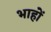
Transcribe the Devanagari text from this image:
भाहों